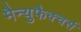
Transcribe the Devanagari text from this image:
मैन्युफैक्चर्स